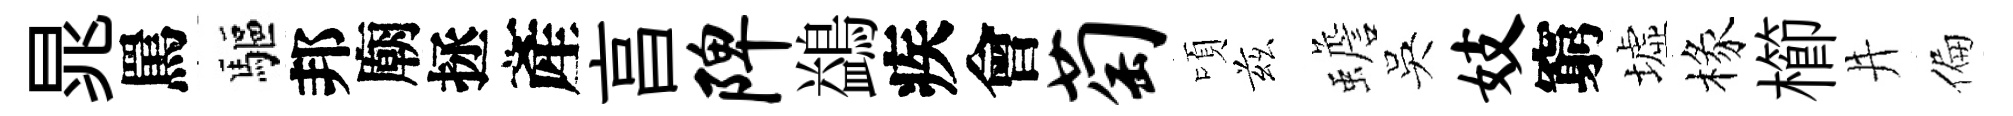
晁罵驅邦廟拯產亯陴鷁疾會萄頃兹蟾吳妓窮墟椽櫛井偏